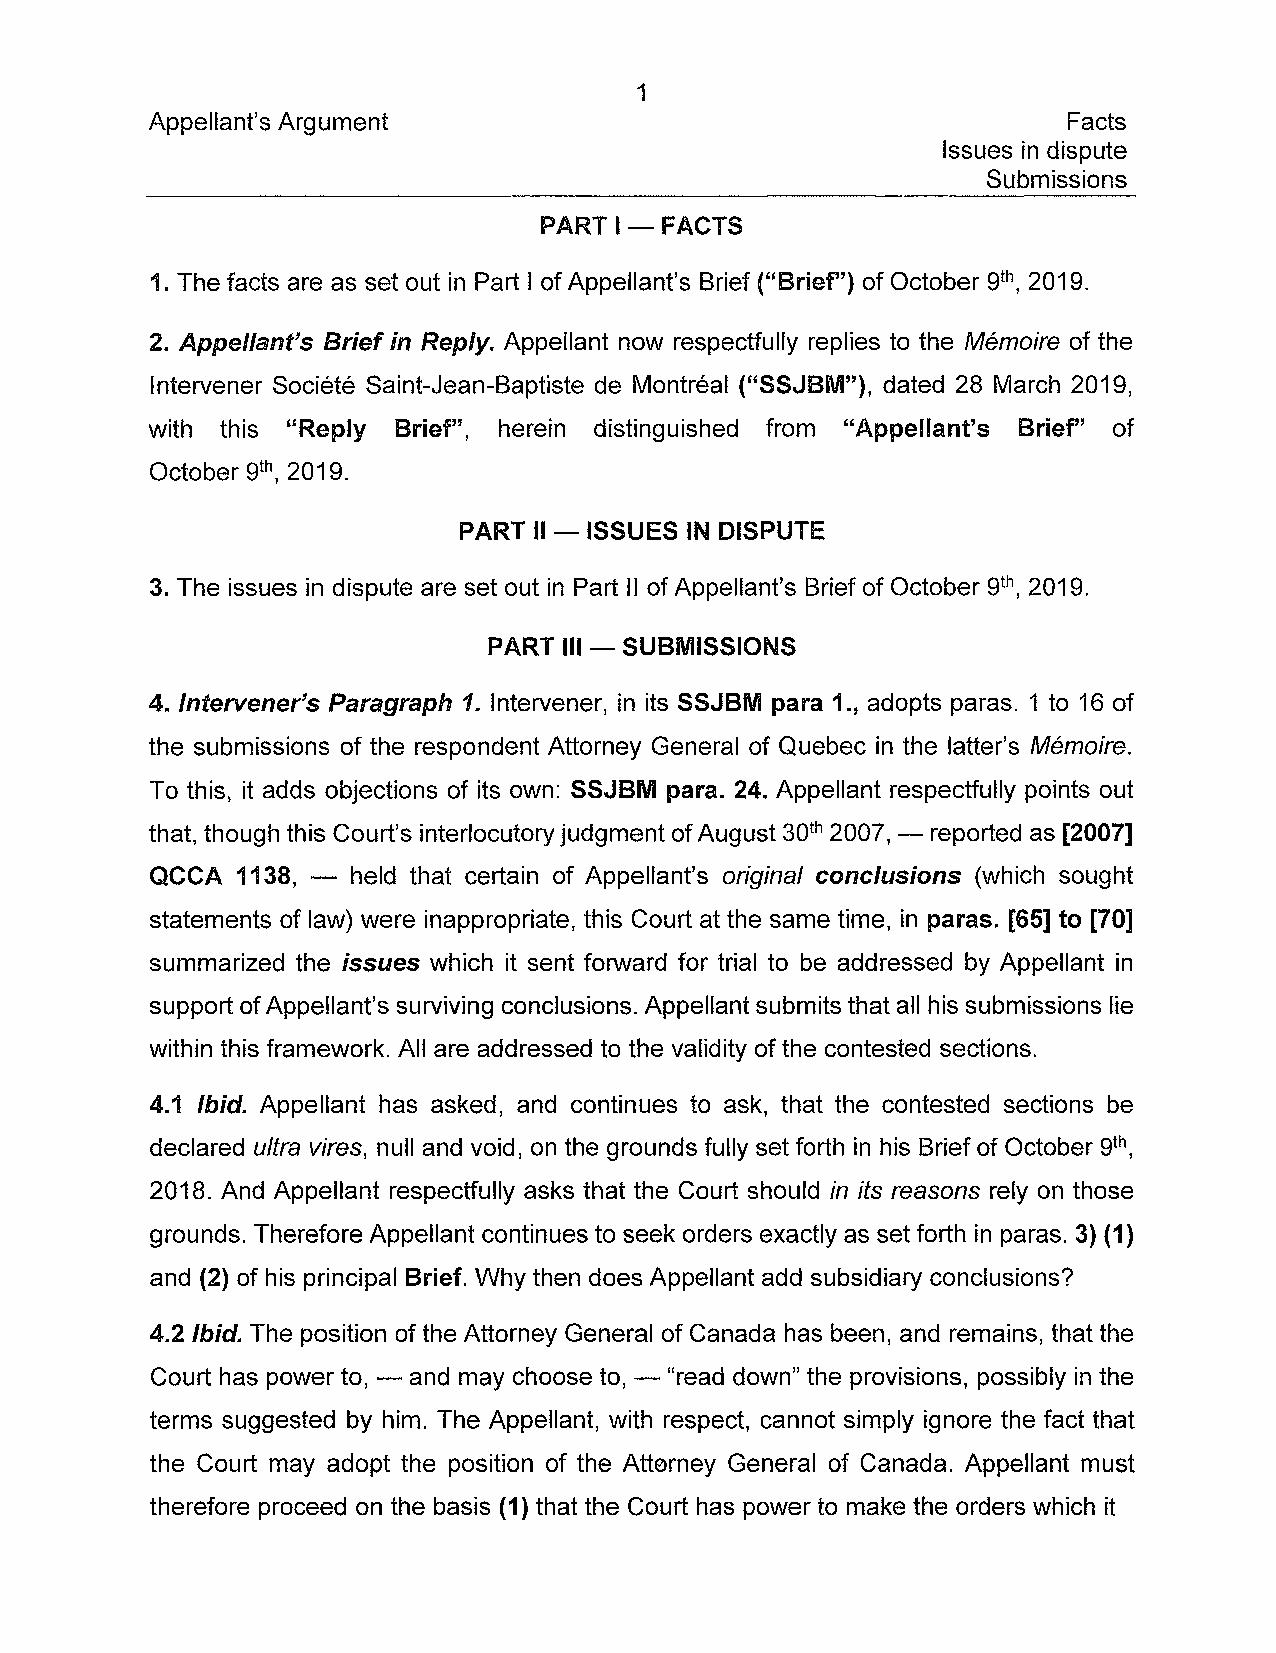
1
 Appellant's Argument                                         Facts
 Issues in dispute
 Submissions
 PART 1-FACTS
 1. The facts are as set out in Part 1 of Appellant's Brief ("Brier') of October 9th, 2019.
 2. Appellant's Brief in Reply. Appellant now respectfully replies to the Mémoire of the
 Intervener Société Saint-jean-Baptiste de Montréal ("SSJBM"), dated 28 March 2019,
 with this "Reply Brief", herein distinguished from "Appellant's Brier' of
 October 9th, 2019.
 PART II-ISSUES  IN DISPUTE
 3. The issues in dispute are set out in Part Il of Appellant's Brief of October 9th, 2019.
 PART 111- SUBMISSIONS
 4. Intervener's Paragraph 1. Intervener, in its SSJBM para 1., adopts paras. 1 to 16 of
 the submissions of the respondent Attorney General of Quebec in the latter's Mémoire.
 To this, it adds objections of its own: SSJBM para. 24. Appellant respectfully points out
 that, though this Court's interlocutory judgment of August 30th 2007, - reported as [2007]
 QCCA  1138, - held that certain of Appellant's original conclusions (which sought
 statements of law) were inappropriate, this Court at the same time, in paras. [65] ta [70]
 summarized the issues which it sent forward for trial to be addressed by Appellant in
 support of Appellant's surviving conclusions. Appellant submits that ail his submissions lie
 within this framework. Ali are addressed to the validity of the contested sections.
 4.1 Ibid. Appellant has asked, and continues to ask, that the contested sections be
 declared ultra vires, null and void, on the grounds fully set forth in his Brief of October 9th,
 2018. And Appellant respectfully asks that the Court should in its reasons rely on those
 grounds. Therefore Appellant continues to seek orders exactly as set forth in paras. 3) (1)
 and (2) of his principal Brief. Why then does Appellant add subsidiary conclusions?
 4.2 Ibid. The position of the Attorney General of Canada has been, and remains, that the
 Court has power to, - and may choose to, - "read down" the provisions, possibly in the
 terms suggested by him. The Appellant, with respect, cannot simply ignore the fact that
 the Court may adopt the position of the Attorney General of Canada. Appellant must
 therefore proceed on the basis (1) that the Court has power to make the orders which it